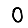
Digit: 0